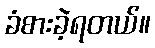
ခံစားခဲ့ရတယ်။